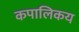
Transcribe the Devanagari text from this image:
कपालिकय